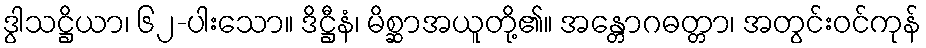
ဒွါသဋ္ဌိယာ၊ ၆၂-ပါးသော။ ဒိဋ္ဌီနံ၊ မိစ္ဆာအယူတို့၏။ အန္တောဂဓတ္တာ၊ အတွင်းဝင်ကုန်